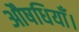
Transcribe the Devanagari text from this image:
औषधियाँ।